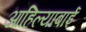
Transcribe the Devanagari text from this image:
आहिल्याबाई